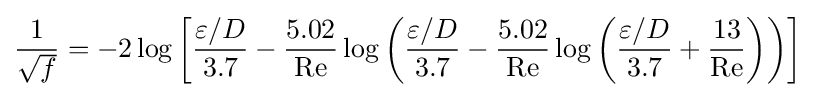
{\frac {1}{\sqrt {f}}}=-2\log \left[{\frac {\varepsilon /D}{3.7}}-{\frac {5.02}{\mathrm {Re} }}\log \left({\frac {\varepsilon /D}{3.7}}-{\frac {5.02}{\mathrm {Re} }}\log \left({\frac {\varepsilon /D}{3.7}}+{\frac {13}{\mathrm {Re} }}\right)\right)\right]